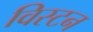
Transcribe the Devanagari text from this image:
विस्टन